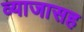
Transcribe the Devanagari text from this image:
व्याजासह